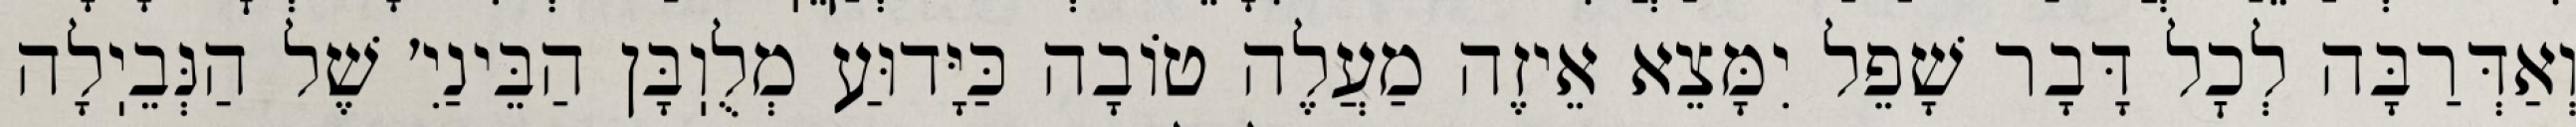
וְאַדְּרַבָּה לְכׇל דָּבָר שָׁפֵל יִמָּצֵא אֵיזֶה מַעֲלֶה טוֹבָה כַּיָּדוּעַ מְלֻוֽבָּן הַבֵּינַיִ׳ שֶׁל הַנְּבֵיֽלָה